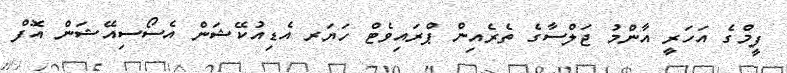
ފީމްގެ އަހަރީ އާންމު ޖަލްސާގެ ތެރެއިން ޕްރައިވެޓް ހަޔަރ އެޑިއުކޭޝަން އެސޯސިއޭޝަން އޮފް